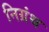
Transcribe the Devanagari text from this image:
निग्रंथ